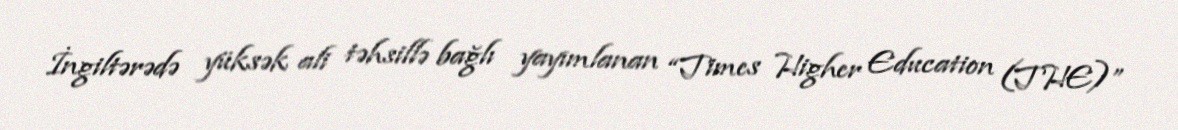
İngiltərədə yüksək ali təhsillə bağlı yayımlanan “Times Higher Education (THE)”